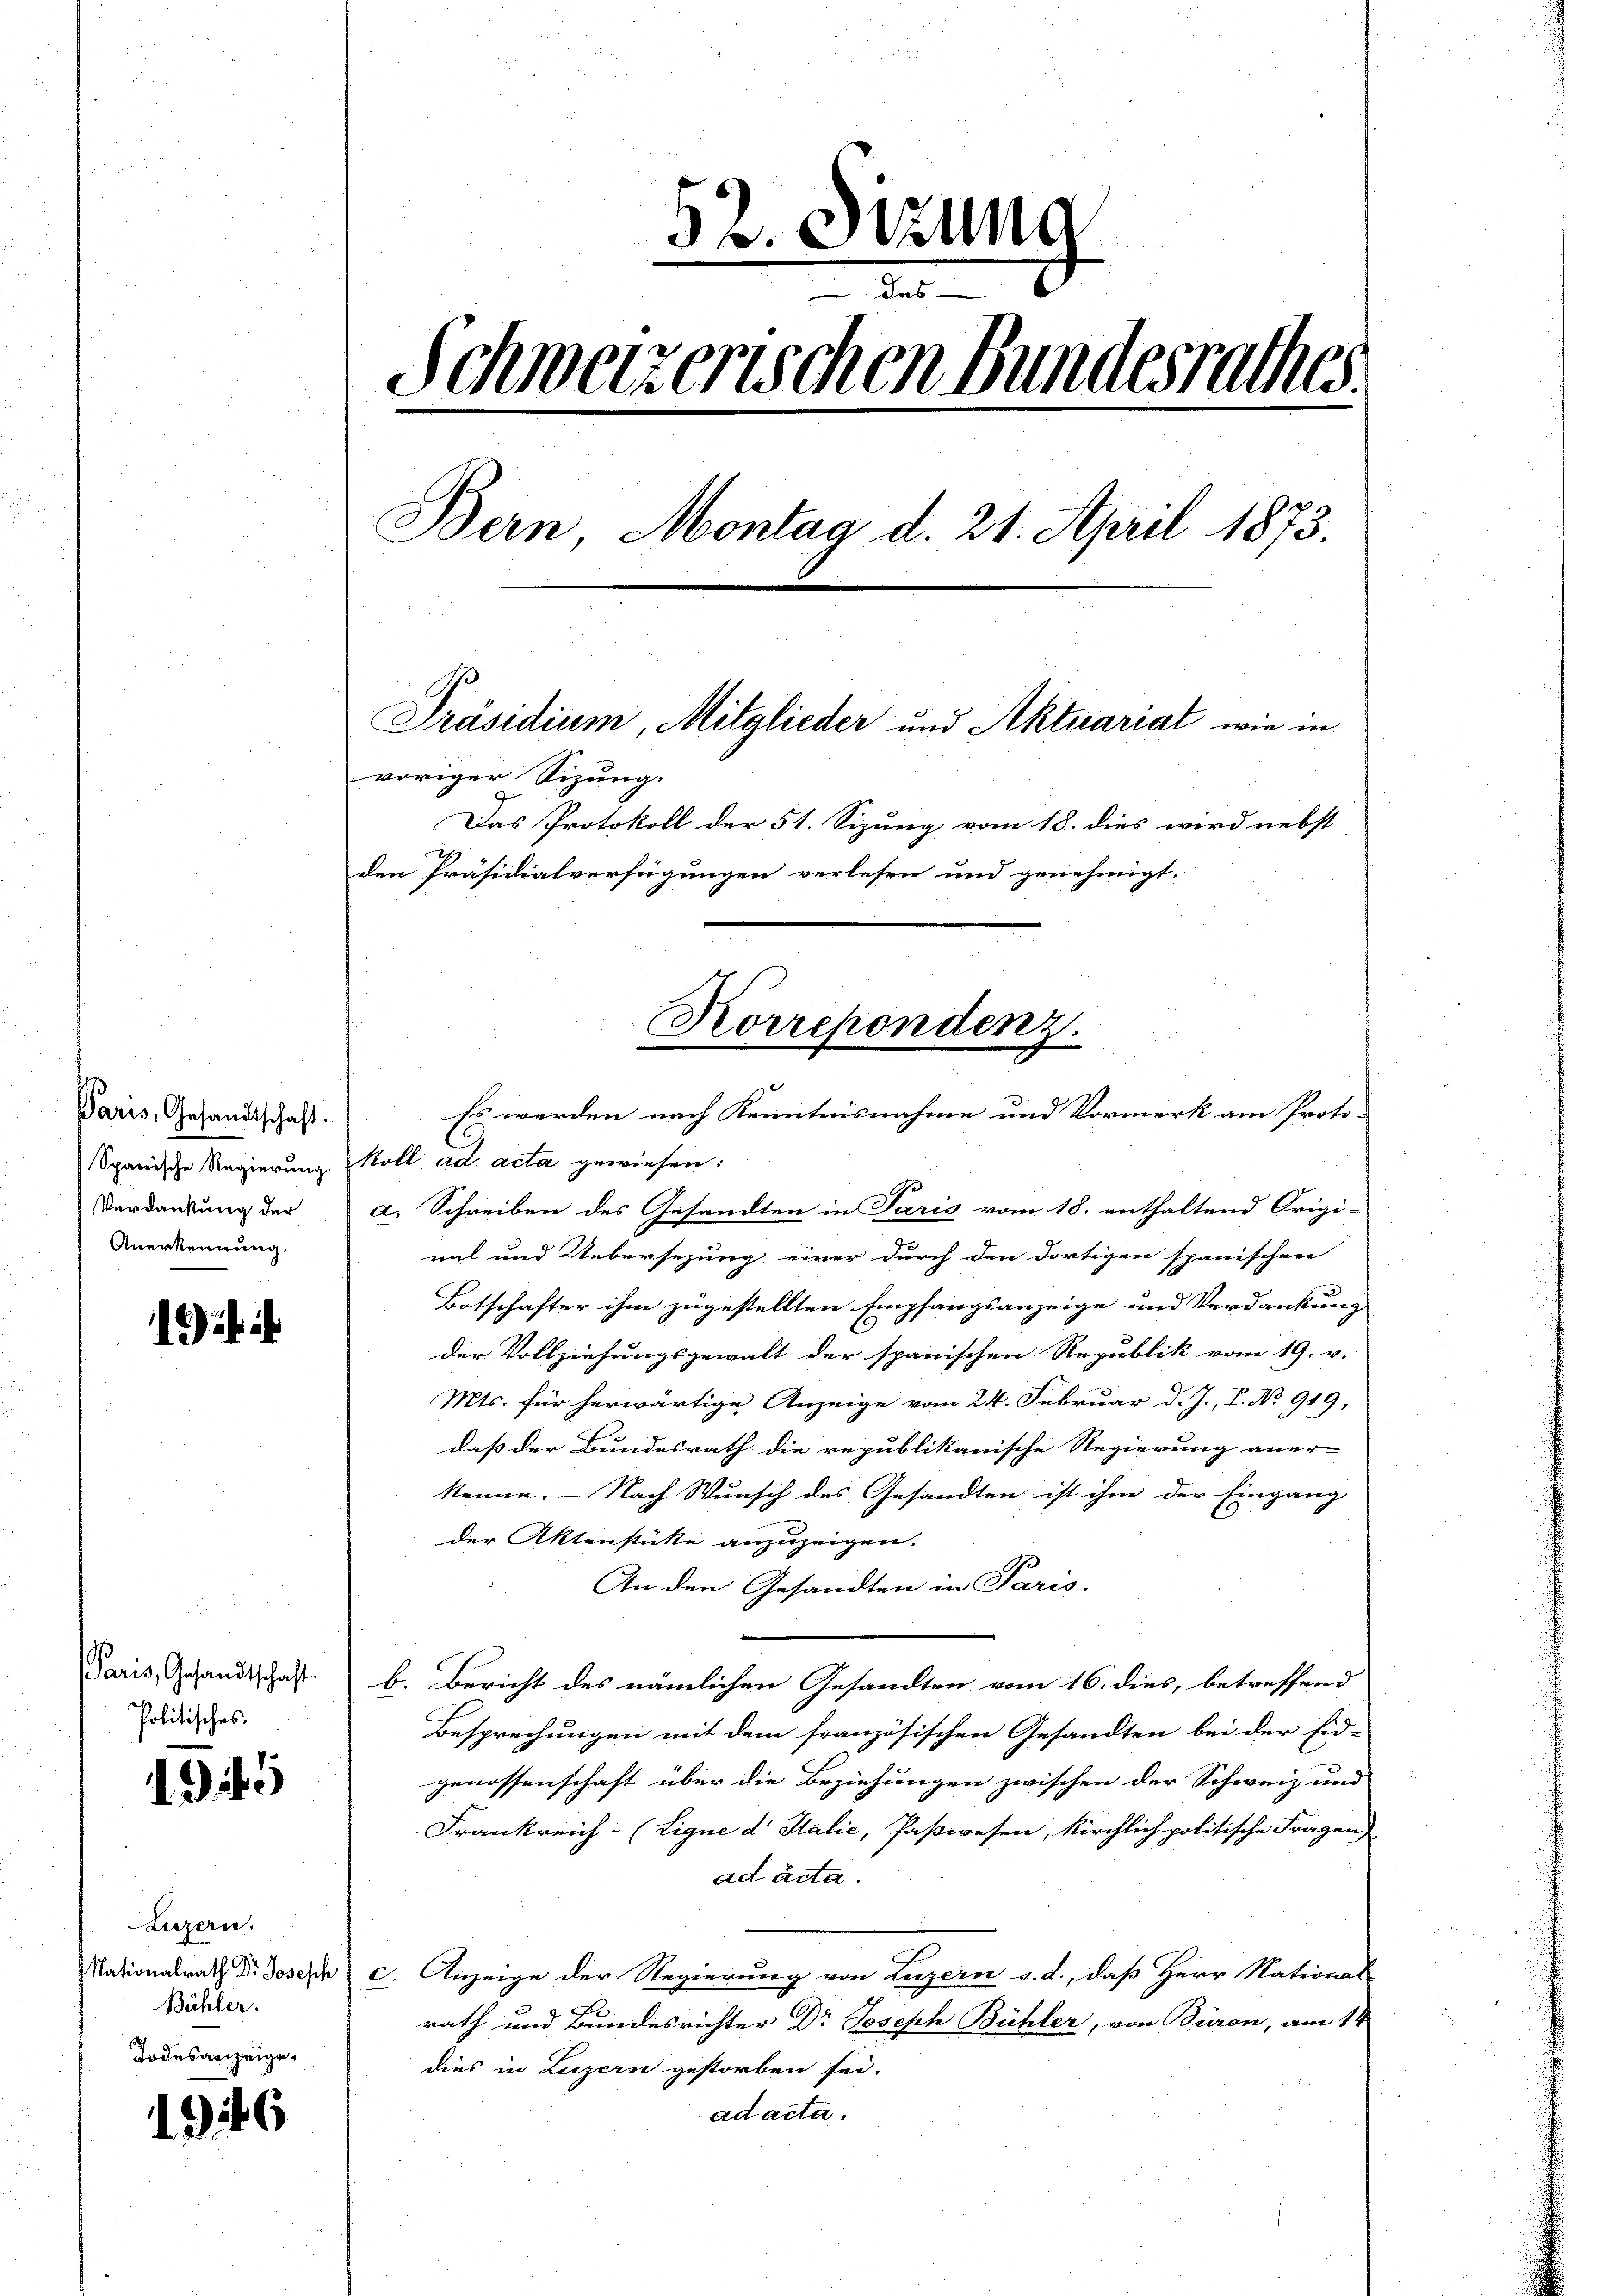
Paris, Gesandtschaft.
Spanische Regierung.
Verdankung der
Anerkennung.

i

Paris, Gesandtschaft.
Politisches.

.345

Luzern.
Nationalrath Dr. Joseph
Bühler.
Todesanzeige.

16

52. Sitzung
e
Schweizerischen Bundesrathes.
Bern, Montag d. 21. April 1873.
Präsidium, Mitglieder und Aktuariat wie in
voriger Sizung.
Das Protokoll der 51. Sizung vom 18. dies wird nebst
den Präsidialverfügungen verlesen und genehmigt.

Korrepondenz.

Es werden nach Kenntnisnahme und Vormerk am Proto¬

koll ad acta gewiesen:
e
a. Schreiben des Gesandten in Paris vom 18. enthaltend Origi-
nal und Uebersezung einer durch den dortigen spanischen
Botschafter ihm zugestellten Empfangsanzeige und Verdankung
der Vollziehungsgewalt der spanischen Republik vom 19. v.
Mts. für herwärtige Anzeige vom 24. Februar d. J., P. No 919,
daß der Bundesrath die republikanische Regierung aner- |
kenne. — Nach Wunsch des Gesandten ist ihm der Eingang
der Aktenstütte anzuzeigen.
An den Gesandten in Paris.
b. Bericht des nämlichen Gesandten vom 16. dies, betreffend
Besprechungen mit dem französischen Gesandten bei der Eid-
genossenschaft über die Beziehungen zwischen der Schweiz und
Frankreich- (Ligne dr Italić, Paßwesen, kirchlich politische Fragend
ad acta.
c. Anzeige der Regierung von Luzern s. d., daß Herr National-
rath und Bundesrichter Dr Joseph Bühler, von Turon, am 14
dies in Luzern gestorben sei.
ad acta.